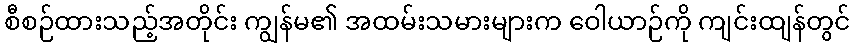
စီစဉ်ထားသည့်အတိုင်း ကျွန်မ၏ အထမ်းသမားများက ဝေါယာဉ်ကို ကျင်းထျန်တွင်